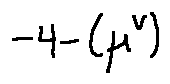
- 4 - ( \mu ^ { v } )